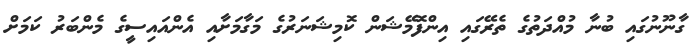
ގާނޫނުގައި ބުނާ މުއްދަތުގެ ތެރޭގައި އިންފޮމޭޝަން ކޮމިޝަނަރުގެ މަގާމަށާއި އެންއައިސީގެ މެންބަރު ކަމަށް